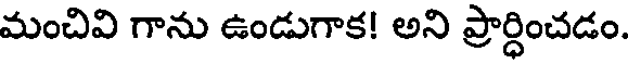
మంచివి గాను ఉండుగాక! అని ప్రార్ధించడం.